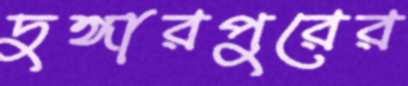
দুঙ্গারপুরের